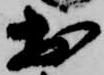
於